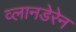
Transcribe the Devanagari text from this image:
व्लानडेरेन